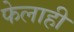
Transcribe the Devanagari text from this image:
फेलाही